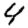
Digit: 4